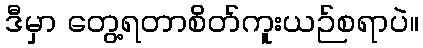
ဒီမှာ တွေ့ရတာစိတ်ကူးယဉ်စရာပဲ။